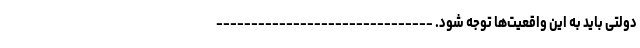
دولتی باید به این واقعیت‌ها توجه شود. -------------------------------